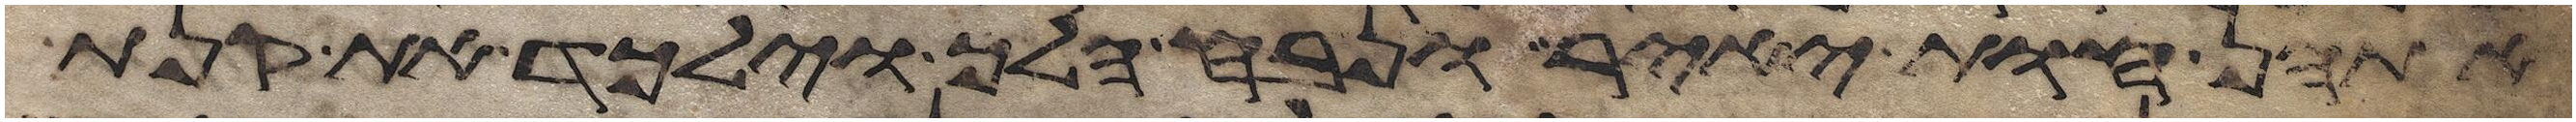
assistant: אתהן חות יאיר ונבח הלך וילכד את קנת